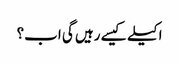
اکیلے کیسے رہیں گی اب؟